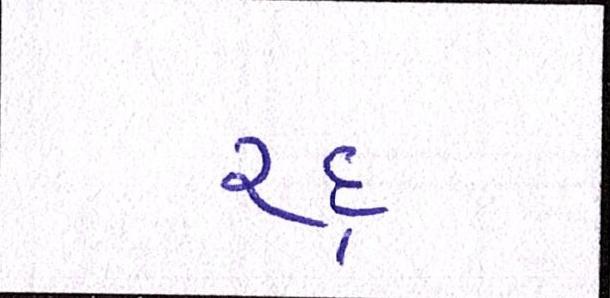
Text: રદ્